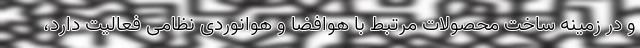
و در زمینه ساخت محصولات مرتبط با هوافضا و هوانوردی نظامی فعالیت دارد،